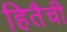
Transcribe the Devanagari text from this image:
हितैची